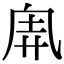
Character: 𠂸